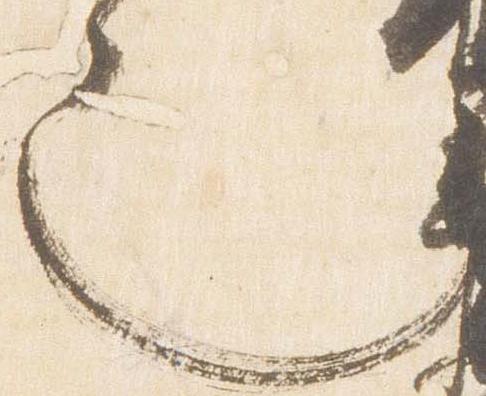
也